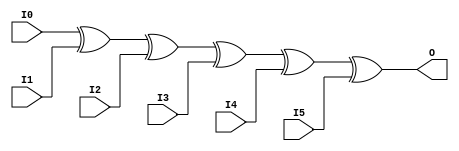
module X_XOR6 (O, I0, I1, I2, I3, I4, I5);

  parameter LOC = "UNPLACED";
  output O;
  input I0, I1, I2, I3, I4, I5;

  xor (O, I0, I1, I2, I3, I4, I5);

  specify

	(I0 => O) = (0:0:0, 0:0:0);
	(I1 => O) = (0:0:0, 0:0:0);
	(I2 => O) = (0:0:0, 0:0:0);
	(I3 => O) = (0:0:0, 0:0:0);
	(I4 => O) = (0:0:0, 0:0:0);
	(I5 => O) = (0:0:0, 0:0:0);

	specparam PATHPULSE$ = 0;

  endspecify

endmodule